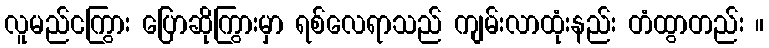
လူမည်ငကြွား ပြောဆိုကြွားမှာ ရစ်လေရာသည် ကျမ်းလာထုံးနည်း တံထွာတည်း ။